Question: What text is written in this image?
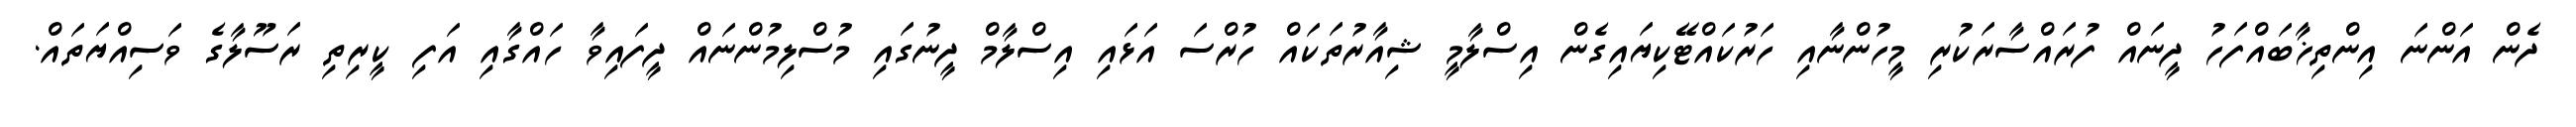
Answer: ދެން އަންނަ އިންތިޚާބައްފަހު ދީނައް ފުރައްސާރަކުރި މީހުންނާއި ހަރުކައްޓޭކިޔައިގެން އިސްލާމީ ޝިއާރުތަކައް ހުރްސަ އަޅައި އިސްލާމް ދީނުގައި މުސްލިމުންނައް ދީފައިވާ ހައްގާއި އަފި ކީރިތި ރަސޫލާގެ ވަސިއްޔަތައް.